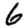
Digit: 6